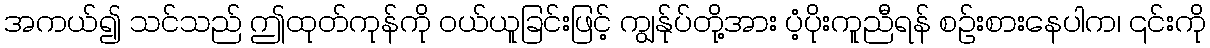
အကယ်၍ သင်သည် ဤထုတ်ကုန်ကို ဝယ်ယူခြင်းဖြင့် ကျွန်ုပ်တို့အား ပံ့ပိုးကူညီရန် စဉ်းစားနေပါက၊ ၎င်းကို